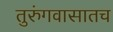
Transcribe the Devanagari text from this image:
तुरुंगवासातच